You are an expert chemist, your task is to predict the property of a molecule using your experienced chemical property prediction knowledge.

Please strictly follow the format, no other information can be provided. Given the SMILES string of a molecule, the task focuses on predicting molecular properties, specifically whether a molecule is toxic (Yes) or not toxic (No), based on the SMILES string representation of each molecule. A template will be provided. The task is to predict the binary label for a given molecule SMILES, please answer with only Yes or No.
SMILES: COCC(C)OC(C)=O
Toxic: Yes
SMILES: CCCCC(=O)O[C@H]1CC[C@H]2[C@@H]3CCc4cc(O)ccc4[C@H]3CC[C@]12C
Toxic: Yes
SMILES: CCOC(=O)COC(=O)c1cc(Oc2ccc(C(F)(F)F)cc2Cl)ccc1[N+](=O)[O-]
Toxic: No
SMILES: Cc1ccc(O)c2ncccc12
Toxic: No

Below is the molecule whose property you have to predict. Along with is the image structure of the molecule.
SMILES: N#CCCN(CCO)CCO
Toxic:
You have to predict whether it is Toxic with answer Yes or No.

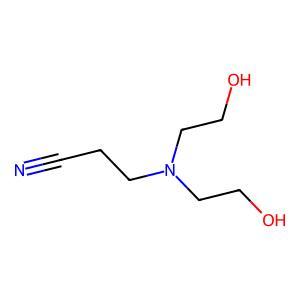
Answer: No